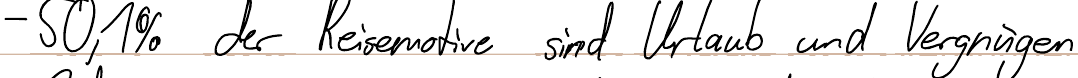
- 50,1 % der Reisemotive sind Urlaub und Vergnügen